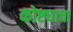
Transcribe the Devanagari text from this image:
कोष्ट्याचा